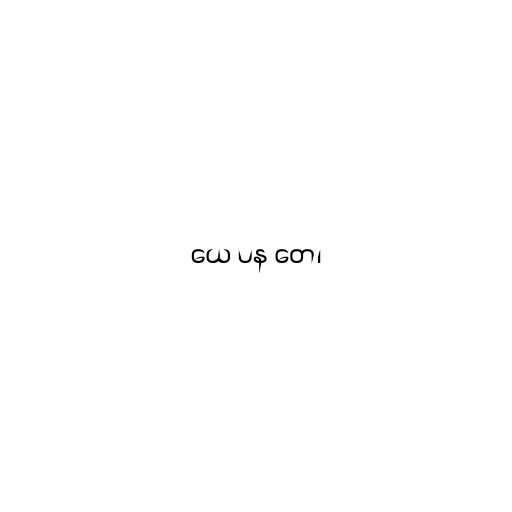
ယေ ပန တေ၊